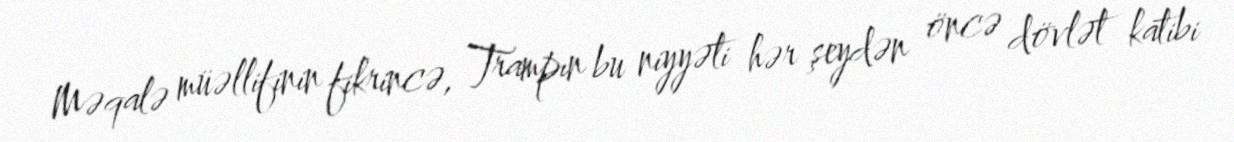
Məqalə müəllifinin fikrincə, Trampın bu niyyəti hər şeydən öncə dövlət katibi